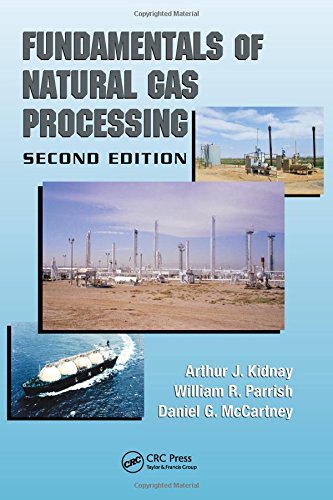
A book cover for Fundamentals of Natural Gas Processing, Second Edition; Arthur J. Kidnay; Science & Math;